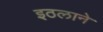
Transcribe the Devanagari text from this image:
इठलाने